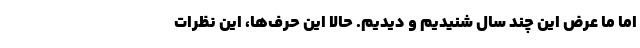
اما ما عرض این چند سال شنیدیم و دیدیم. حالا این حرف‌ها، این نظرات